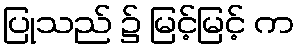
ပြုသည် ၌ မြင့်မြင့် က